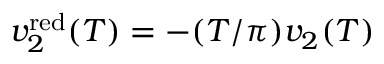
v _ { 2 } ^ { \mathrm { r e d } } ( T ) = - ( T / \pi ) v _ { 2 } ( T )